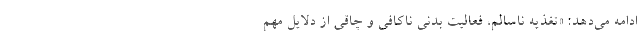
ادامه می‌دهد: «تغذیه ناسالم، فعالیت بدنی ناکافی و چاقی از دلایل مهم